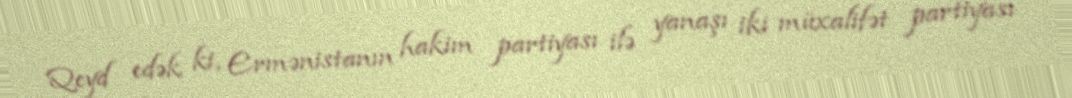
Qeyd edək ki, Ermənistanın hakim partiyası ilə yanaşı iki müxalifət partiyası